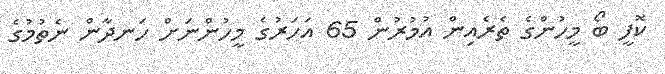
ކޮފީ ބޯ މީހުންގެ ތެރެއިން އުމުރުން 65 އަހަރުގެ މީހުންނަށް ހަނދާން ނެތުމުގެ